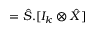
= \hat { S } . [ I _ { k } \otimes \hat { X } ]